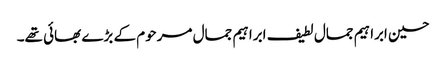
حسین ابراہیم جمال لطیف ابراہیم جمال مرحوم کے بڑے بھائی تھے۔